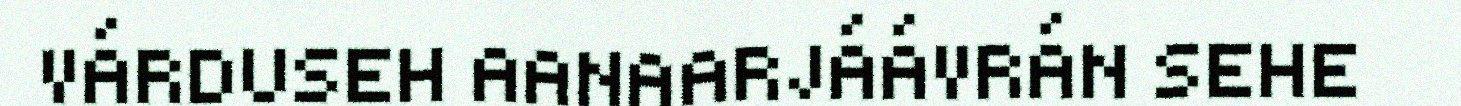
VÁRDUSEH AANAARJÁÁVRÁN SEHE